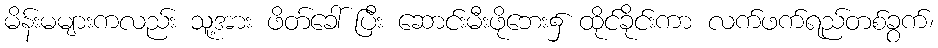
မိန်းမများကလည်း သူ့အား ဖိတ်ခေါ် ပြီး ဆောင်းမီးဖိုဘေး၌ ထိုင်ခိုင်းကာ လက်ဖက်ရည်တစ်ခွက်၊